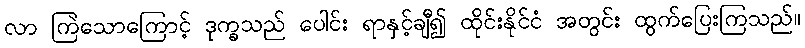
လာ ကြဲသောကြောင့် ဒုက္ခသည် ပေါင်း ရာနှင့်ချီ၍ ထိုင်းနိုင်ငံ အတွင်း ထွက်ပြေးကြသည်။